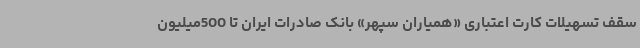
سقف تسهیلات کارت اعتباری «همیاران سپهر» بانک صادرات ایران تا 500میلیون